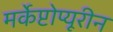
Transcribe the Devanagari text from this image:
मर्केप्टोप्यूरीन